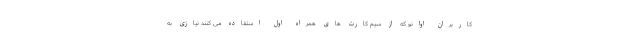
کاربران اوانو که از سیم کارت های همراه اول استفاده می کنند نیازی به